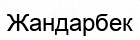
Жандарбек